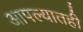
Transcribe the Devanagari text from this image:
आपल्यातही